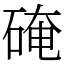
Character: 硽